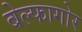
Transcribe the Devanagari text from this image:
बेल्फागोर